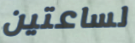
لساعتين